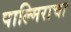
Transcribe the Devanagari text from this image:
पाल्मिराचा